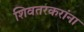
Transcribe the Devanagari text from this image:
शिवतरकरांना